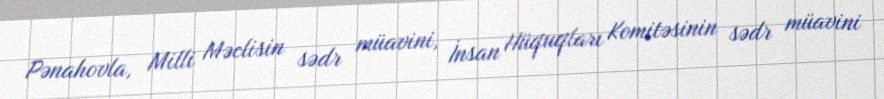
Pənahovla, Milli Məclisin sədr müavini, İnsan Hüquqları Komitəsinin sədr müavini